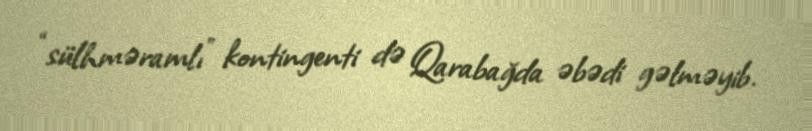
“sülhməramlı” kontingenti də Qarabağda əbədi gəlməyib.